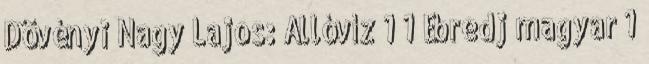
Dövényi Nagy Lajos: Állóvíz 1 1 Ébredj magyar 1